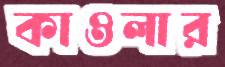
কাওলার